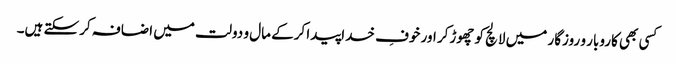
کسی بھی کاروبار و روزگار میں لالچ کو چھوڑکر اور خوفِ خداپیدا کرکے مال و دولت میں اضافہ کرسکتے ہیں۔